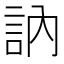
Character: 訥